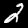
Label: 2